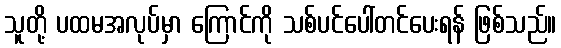
သူတို့ ပထမအလုပ်မှာ ကြောင်ကို သစ်ပင်ပေါ်တင်ပေးရန် ဖြစ်သည်။